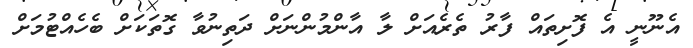
އެނޫނީ އެ ފޮށިތައް ފާރު ތެރެއަށް ލާ އާންމުންނަށް ދަތިނުވާ ގޮތަކަށް ބެހެއްޓުމަށް